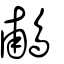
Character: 鵏